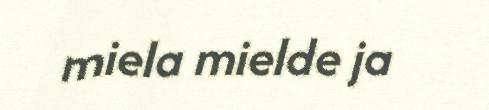
miela mielde ja